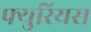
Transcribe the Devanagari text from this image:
फ्युरियस